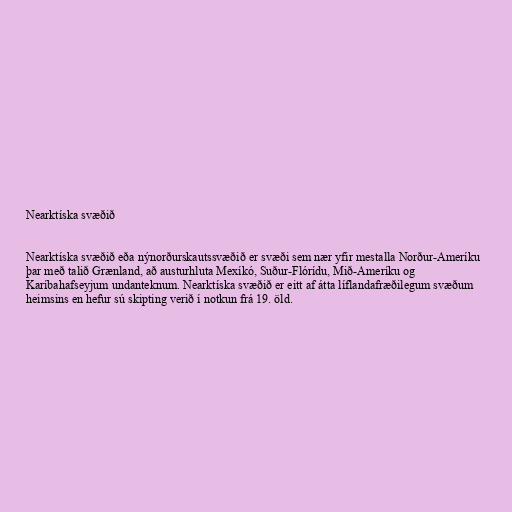
Nearktíska svæðið

Nearktíska svæðið eða nýnorðurskautssvæðið er svæði sem nær yfir mestalla Norður-Ameríku
þar með talið Grænland, að austurhluta Mexíkó, Suður-Flórídu, Mið-Ameríku og
Karíbahafseyjum undanteknum. Nearktíska svæðið er eitt af átta líflandafræðilegum svæðum
heimsins en hefur sú skipting verið í notkun frá 19. öld.